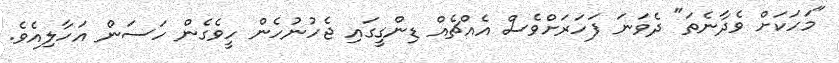
"މަހަކަށް ވެދާނެތަ" ދެވަނަ ފަހަރަށްވެސް އެއްޗެއް ޑިންގީގައި ޖެހުނުހެން ހީވެގެން ހަސަން އަހާލިއެވެ.